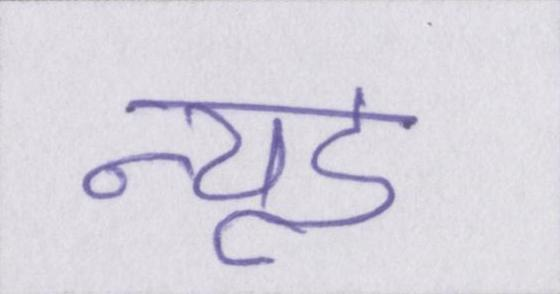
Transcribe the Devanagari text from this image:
न्यूड